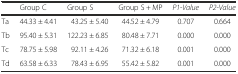
<table><thead><tr><td>[EMPTY_CELL]</td><td><b>Group C</b></td><td><b>Group S</b></td><td><b>Group S + MP</b></td><td><b><i>P1</i>-<i>Value</i></b></td><td><b><i>P2</i>-<i>Value</i></b></td></tr></thead><tbody><tr><td>Ta</td><td>44.33 ± 4.41</td><td>43.25 ± 5.40</td><td>44.52 ± 4.79</td><td>0.707</td><td>0.664</td></tr><tr><td>Tb</td><td>95.40 ± 5.31</td><td>122.23 ± 6.85</td><td>80.48 ± 7.71</td><td>0.000</td><td>0.000</td></tr><tr><td>Tc</td><td>78.75 ± 5.98</td><td>92.11 ± 4.26</td><td>71.32 ± 6.18</td><td>0.001</td><td>0.000</td></tr><tr><td>Td</td><td>63.58 ± 6.33</td><td>78.43 ± 6.95</td><td>55.42 ± 5.82</td><td>0.001</td><td>0.000</td></tr></tbody></table>